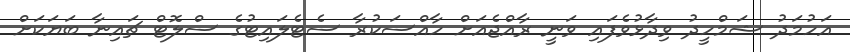
އަހުމަދު ޝަމްހީދު ވިދާޅުވެފައި ވަނީ ރާއްޖެއަށް ހާއްސަކުރާ ސެޓެލައިޓުގެ ސްލޮޓް ޗައިނާ ބަޔަކަށް